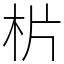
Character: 㭊